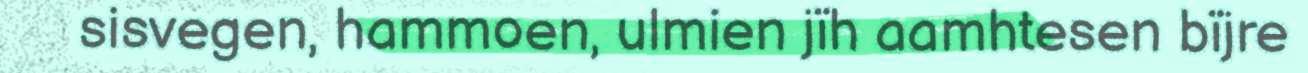
sisvegen, hammoen, ulmien jïh aamhtesen bïjre